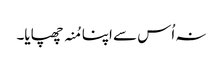
نہ اُس سے اپنا مُنہ چھپایا۔